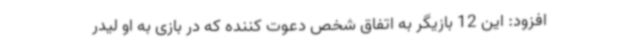
افزود: این 12 بازیگر به اتفاق شخص دعوت کننده که در بازی به او لیدر